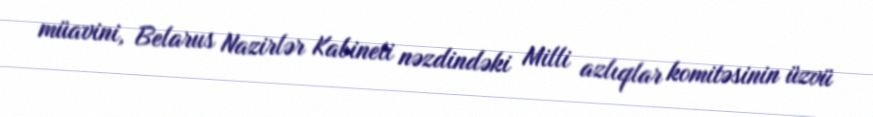
müavini, Belarus Nazirlər Kabineti nəzdindəki Milli azlıqlar komitəsinin üzvü